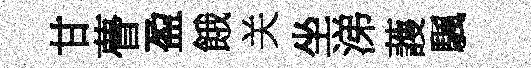
甘瞢盈餓关坐涕䕶颿